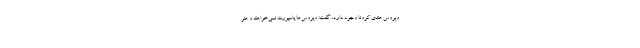
ویروس هندی کرونا وجود دارد، گفت: ویروس‌ها پاسپورت نمی‌خواهند و هنر